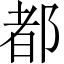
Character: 都